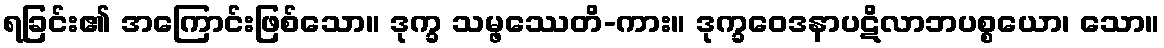
ရခြင်း၏ အကြောင်းဖြစ်သော။ ဒုက္ခ သမ္ဖဿေတိ-ကား။ ဒုက္ခဝေဒနာပဋိလာဘပစ္စယော၊ သော။